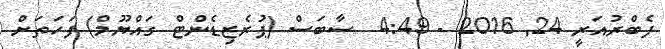
ފެބްރުއަރީ 24